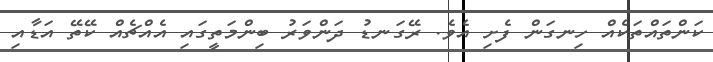
ކަންތައްތަކެއް ހިނގަން ފެށި އެވެ. ރޭގަނޑު ދަންވަރު ބިންމަތީގައި އެއްޗެއް ކޭތޭ އަޑާއި